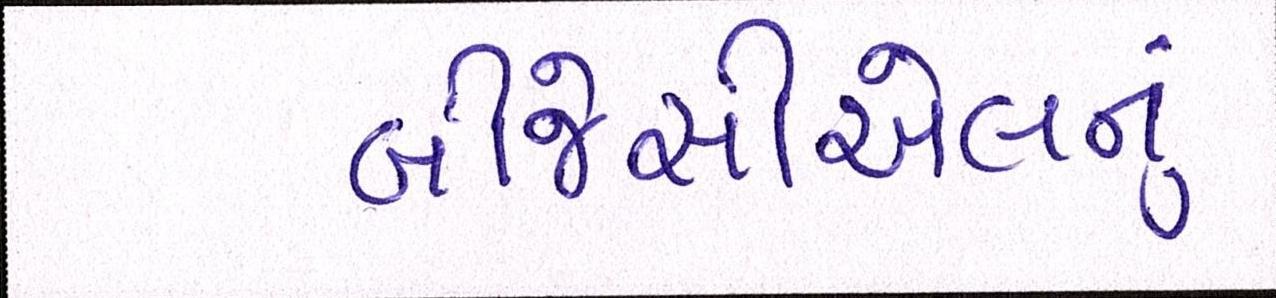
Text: બીજેસીએલનું